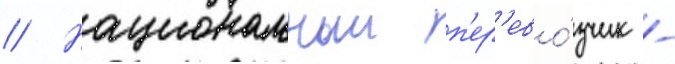
// Национальныи п'ер'ево́зчик -